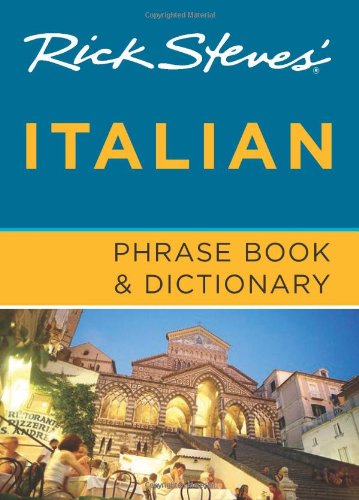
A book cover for Rick Steves' Italian Phrase Book & Dictionary; Rick Steves; Reference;